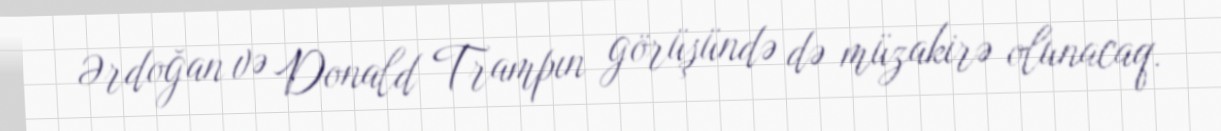
Ərdoğan və Donald Trampın görüşündə də müzakirə olunacaq.